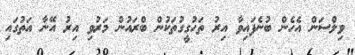
ވިލްސަން އެހެން ބުނެފައިވާ އިރު ތަހުގީގުތަކުން ބްރައުން މަރުވިި އިރު އޭނާ އަތުގައި